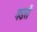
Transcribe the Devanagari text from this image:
गडंरों